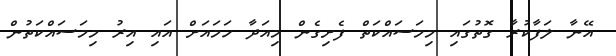
އޭނާ ލަފާކުރާ ގޮތުގައި މިމަސައްކަތް ފެށިގެން މިއަދާ ހަމައަށް އައި އިރު މިމަސައްކަތުން